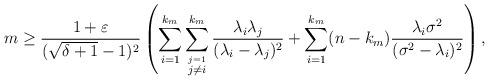
LaTeX: \begin{align*}m \geq\frac{1+\varepsilon}{(\sqrt{\delta+1}-1)^2}\left( \sum_{i =1}^{k_m} \sum_{\stackrel{j=1}{j\neq i}}^{k_m} \frac{\lambda_i \lambda_j}{(\lambda_i-\lambda_j)^2} + \sum_{i =1}^{k_m} (n-k_m)\frac{\lambda_i\sigma^2}{(\sigma^2-\lambda_i)^2} \right),\end{align*}